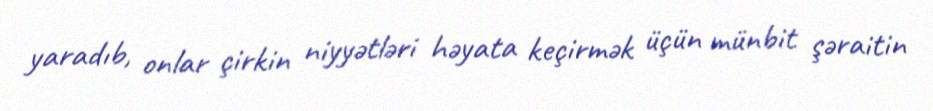
yaradıb, onlar çirkin niyyətləri həyata keçirmək üçün münbit şəraitin